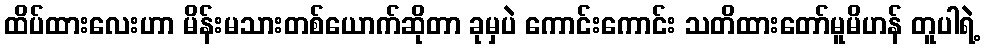
ထိပ်ထားလေးဟာ မိန်းမသားတစ်ယောက်ဆိုတာ ခုမှပဲ ကောင်းကောင်း သတိထားတော်မူမိဟန် တူပါရဲ့